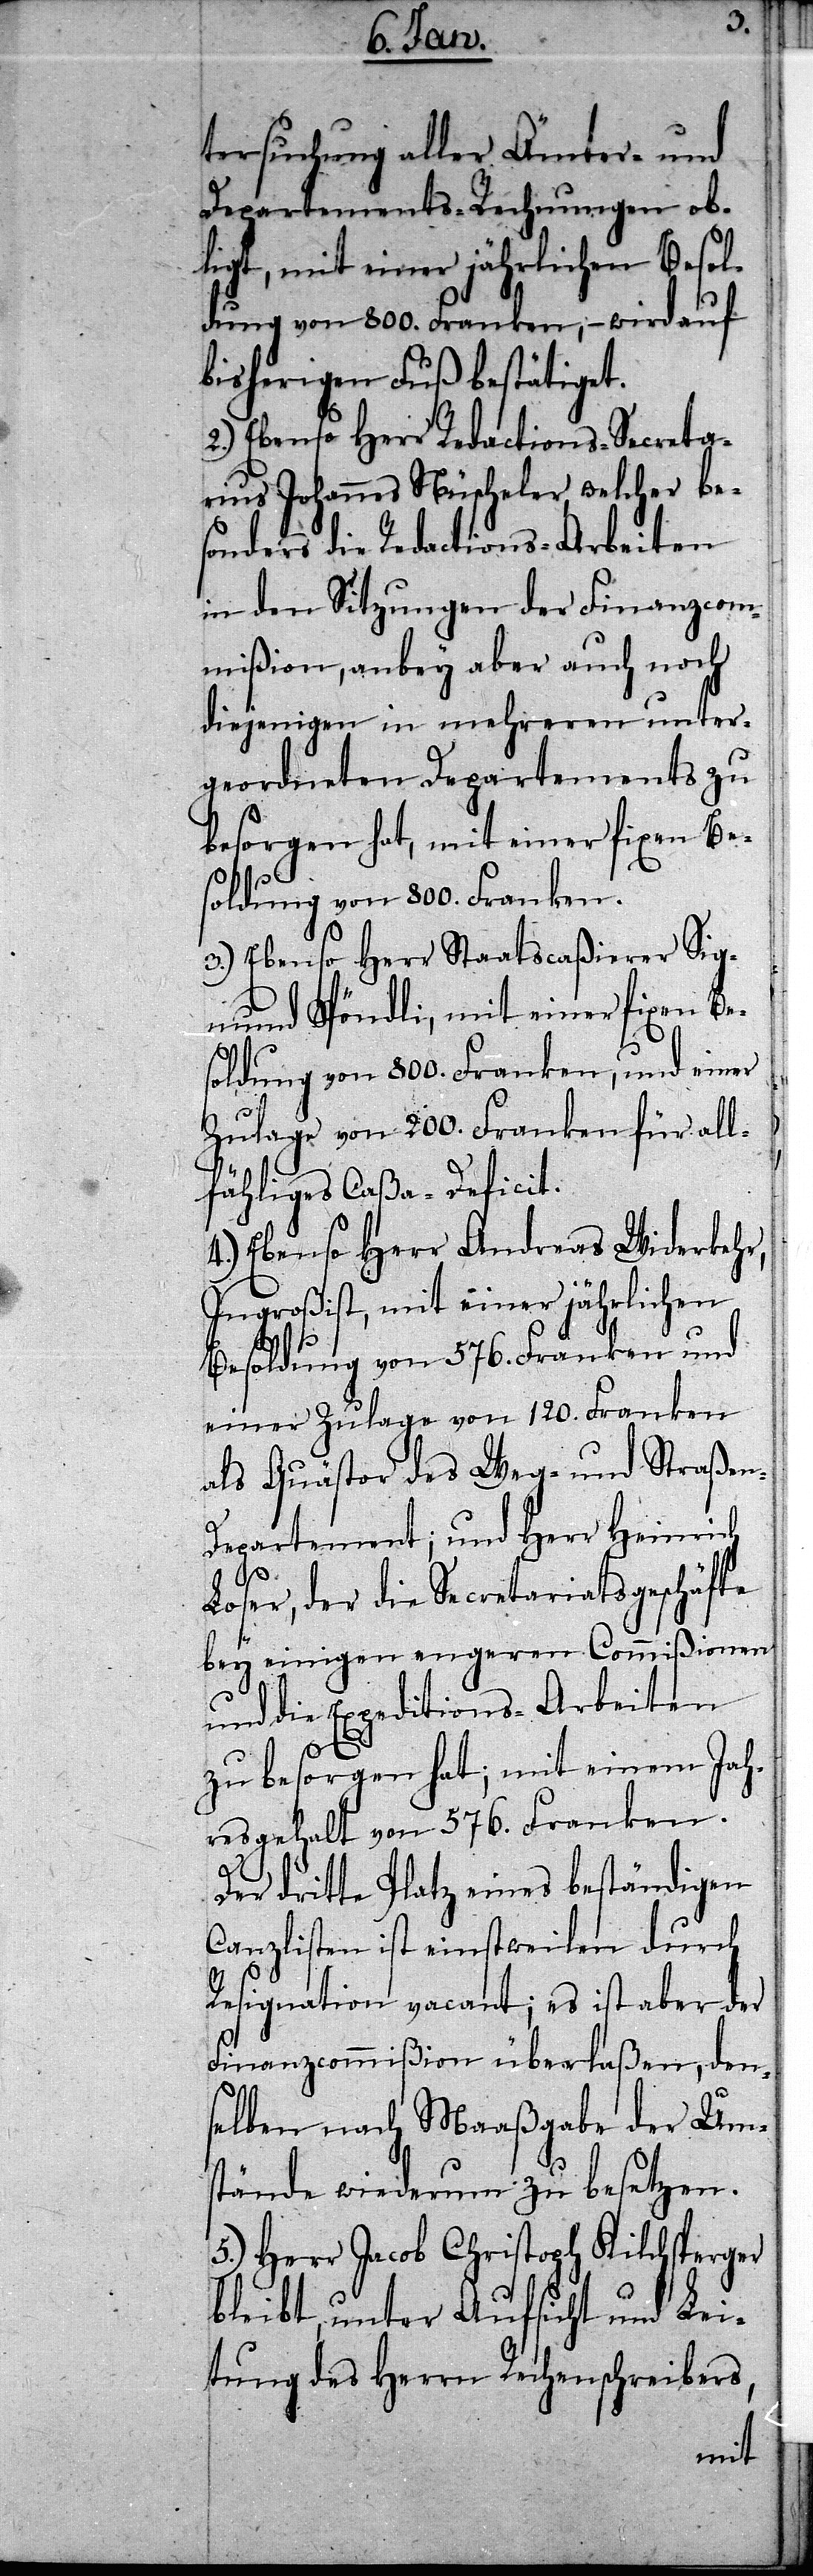
tersuchung aller Ämter- und
Departements-Rechnungen ob¬
ligt, mit einer jährlichen Besol¬
dung von 800. Franken, – wird auf
bisherigen Fuß bestätiget.
2.) Ebenso Herr Redactions-Secreta¬
rius Johannes Nüscheler, welcher bes¬
onders die Redactions-Arbeiten
in den Sitzungen der Finanzcom¬
mißion, anbey aber auch noch
diejenigen in mehreren unter¬
geordneten Departements zu
besorgen hat, mit einer fixen Bes¬
oldung von 800. Franken.
3.) Ebenso Herr Staatscaßierer Sig¬
mund Spöndli, mit einer fixen Be¬
soldung von 800. Franken, und einer
Zulage von 200. Franken für all¬
fähliges Caßa-Deficit.
4.) Ebenso Herr Andreas Widerkehr,
Ingroßist, mit einer jährlichen
Besoldung von 576. Franken und
einer Zulage von 120. Franken
als Quästor des Weg- und Straße¬
epartement; und Herr Heinrich
n-D¬
Loser, der die Secretariatsgeschäfte
bey einigen engeren Commißionen
und die Expeditions-Arbeiten
zu besorgen hat; mit einem Jah¬
resgehalt von 576. Franken.
Der dritte Platz eines beständigen
Canzlisten ist einstweilen durch
Resignation vacant; es ist aber der
Finanzcommißion überlaßen, den¬
selben nach Maaßgabe der Um¬
stände wiederum zu besetzen.
5.) Herr Jacob Christoph Kilchsperger
bleibt, unter Aufsicht und Lei¬
tung des Herrn Rechenschreibers,